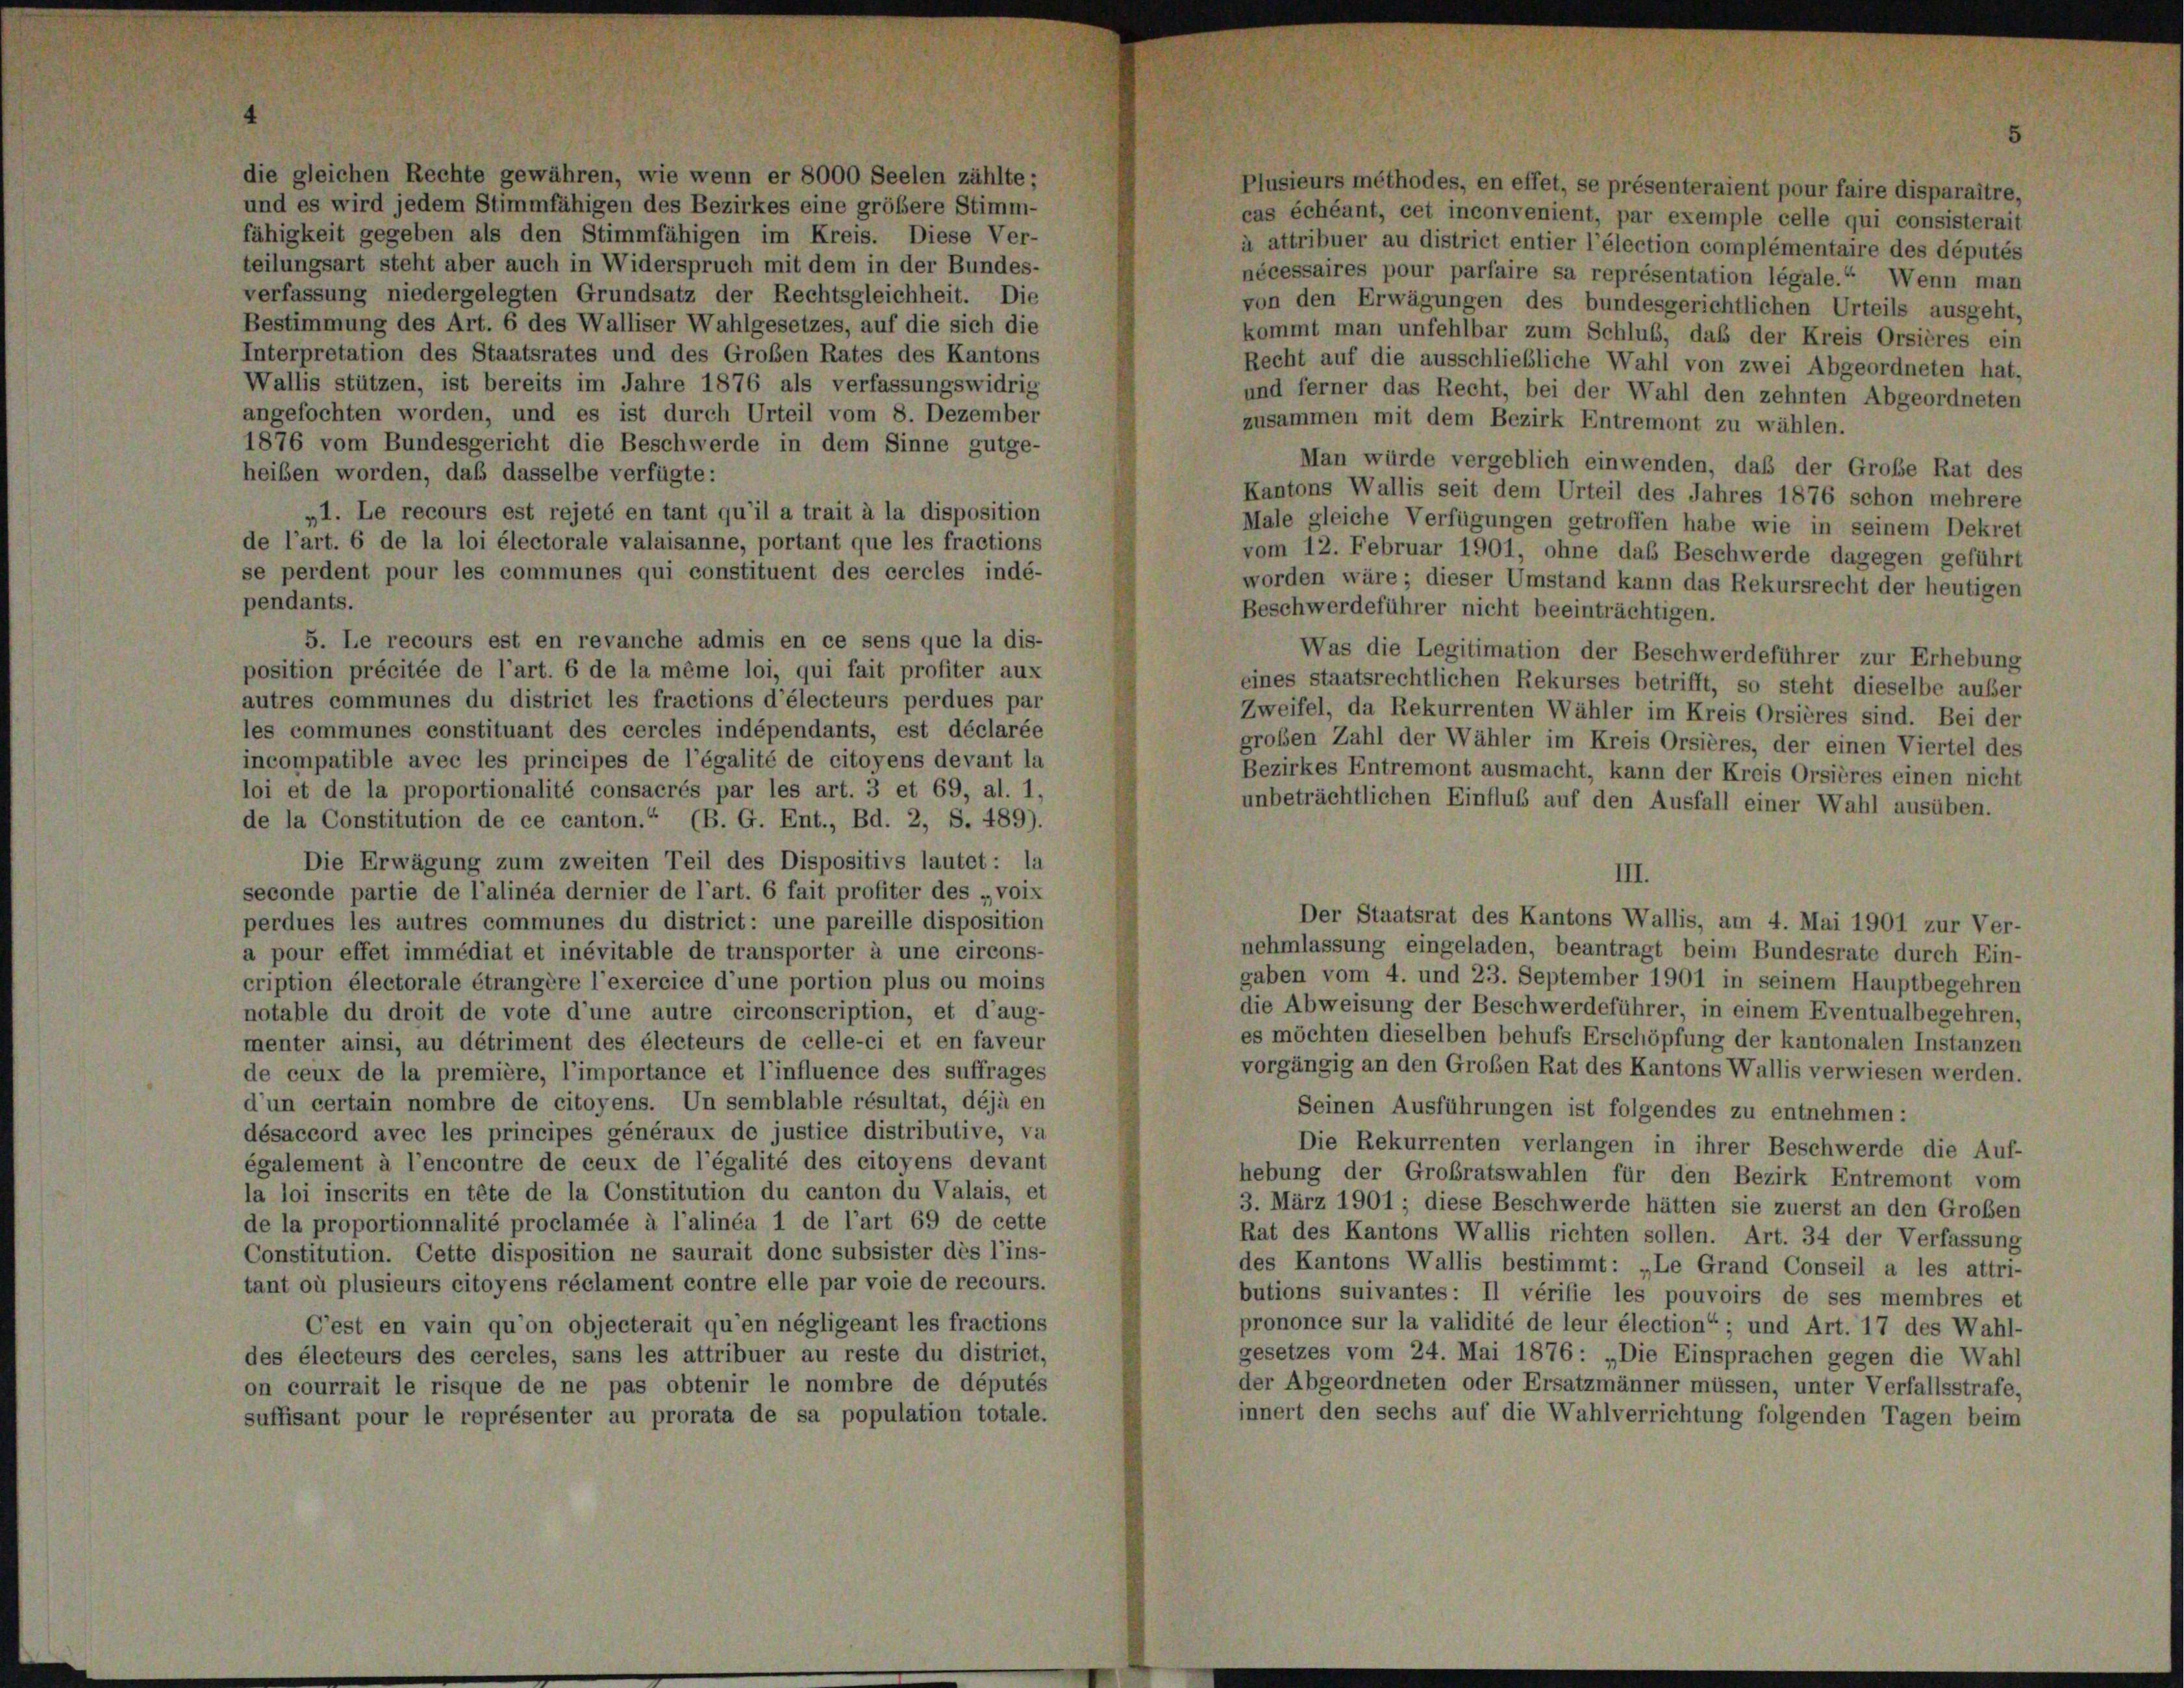
Plusieurs méthodes, en effet, se présenteraient pour faire disparaître,
ind es wird jedem Stimmfähigen des Bezirkes eine größere Stimm-
cas échéant, cet inconvenient, par exemple celle qui consisterait
fähigkeit gegeben als den Stimmfähigen im Kreis. Diese Ver-
à attribuer au district entier l’élection complémentaire des députés
teilungsart steht aber auch in Widerspruch mit dem in der Bundes-
nécessaires pour parfaire sa représentation légale.“ Wenn man
verfassung niedergelegten Grundsatz der Rechtsgleichheit. Die
von den Erwägungen des bundesgerichtlichen Urteils ausges
Bestimmung des Art. 6 des Walliser Wahlgesetzes, auf die sich die
kommt man unfehlbar zum Schluß, daß der Kreis Orsières e
nterpretation des Staatsrates und des Großen Rates des Kantons
Recht auf die ausschließliche Wahl von zwei Abgeordneten I
Wallis stützen, ist bereits im Jahre 1876 als verfassungswidrig
und ferner das Recht, bei der Wahl den zehnten Abgeordnete
angefochten worden, und es ist durch Urteil vom 8. Dezember
zusammen mit dem Bezirk Entremont zu wählen.
1876 vom Bundesgericht die Beschwerde in dem Sinne gutge-
Man würde vergeblich einwenden, daß der Große Rat d
reiben worden, daß dasselbe verfügte:
Kantons Wallis seit dem Urteil des Jahres 1876 schon mehre
„1. Le recours est rejeté en tant qu’il a trait à la disposition
Male gleiche Verfügungen getroffen habe wie in seinem Dek
le l’art. 6 de la loi électorale valaisanne, portant que les fractions
vom 12. Februar 1901, ohne das Beschwerde dagegen gefüh
se perdent pour les communes qui constituent des cercles indé-
worden wäre; dieser Umstand kann das Rekursrecht der heutig
endants.
Beschwerdeführer nicht beeinträchtigen.
5. Le recours est en revanche admis en ce sens que la dis-
Was die Legitimation der Beschwerdeführer zur Erhebun
position précitée de l’art. 6 de la même loi, qui fait profiter aux
eines staatsrechtlichen Rekurses betrifft, so steht dieselbe auf
utres communes du district les fractions d’électeurs perdues par
Zweifel, da Rekurrenten Wähler im Kreis Orsières sind. Bei
les communes constituant des cercles indépendants, est déclarée
großen Zahl der Wähler im Kreis Orsières, der einen Viertel e
ncompatible avec les principes de l’égalité de citoyens devant la
Bezirkes Entremont ausmacht, kann der Kreis Orsières einen ni
loi et de la proportionalité consacrés par les art. 3 et 69, al. 1,
unbeträchtlichen Einflub auf den Ausfall einer Wahl ausüben.
le la Constitution de ce canton.“ (B. G. Ent., Bd. 2, S. 489).
Die Erwägung zum zweiten Teil des Dispositivs lautet: la
III.
econde partie de l’alinéa dernier de l’art. 6 fait profiter des „voix
Der Staatsrat des Kantons Wallis, am 4. Mai 1901 zur Ve
perdues les autres communes du district: une pareille disposition
nehmlassung eingeladen, beantragt beim Bundesrate durch F
pour effet immédiat et inévitable de transporter à une circons-
gaben vom 4. und 23. September 1901 in seinem Hauptbegehre
cription électorale étrangère l’exercice d’une portion plus ou moins
die Abweisung der Beschwerdeführer, in einem Eventualbegehr
notable du droit de vote d’une autre circonscription, et d’aug-
es möchten dieselben behufs Erschöpfung der kantonalen Instanz
nenter ainsi, au détriment des électeurs de celle-ci et en faveur
vorgängig an den Großen Rat des Kantons Wallis verwiesen werde
le ceux de la première, l’importance et l’influence des suffrages
d’un certain nombre de citoyens. Un semblable résultat, déjà en
Seinen Ausführungen ist folgendes zu entnehmen:
lésaccord avec les principes généraux de justice distributive, vg
Die Rekurrenten verlangen in ihrer Beschwerde die Ar
également à l’encontre de ceux de l’égalité des citoyens devant
hebung der Großratswahlen für den Bezirk Entremont vo
la loi inscrits en tête de la Constitution du canton du Valais, et
3. März 1901 ; diese Beschwerde hätten sie zuerst an den Große
le la proportionnalité proclamée à l’alinéa 1 de l’art 69 de cette
Rat des Kantons Wallis richten sollen. Art. 34 der Verfassu
Constitution. Cette disposition ne saurait donc subsister dès l’ins-
des Kantons Wallis bestimmt: „Le Grand Conseil a les att
ant où plusieurs citoyens réclament contre elle par voie de recours.
butions suivantes: Il vérifie les pouvoirs de ses membres
prononce sur la validité de leur élection“ ; und Art. 17 des Was
C’est en vain qu’on objecterait qu’en négligeant les fractions
gesetzes vom 24. Mai 1876: „Die Einsprachen gegen die Wa
des électeurs des cercles, sans les attribuer au reste du distriet,
der Abgeordneten oder Ersatzmänner müssen, unter Verfallsstra
on courrait le risque de ne pas obtenir le nombre de députés
innert den sechs auf die Wahlverrichtung folgenden Tagen bei
suffisant pour le représenter au prorata de sa population totale.

f
in
8
¬
t
1.
h
e,
m